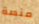
منصة